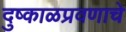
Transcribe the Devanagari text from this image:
दुष्काळप्रवणाचे